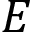
{ \cal E }